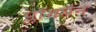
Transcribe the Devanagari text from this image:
प्लॉगमैन